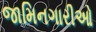
જામિનગારીઓ